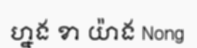
ហ្នង ខា យ៉ាង Nong